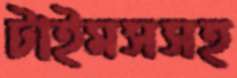
টাইমসসহ